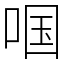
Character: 啯